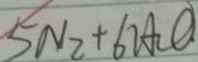
5 N _ { 2 } + 6 2 A _ { 2 } O